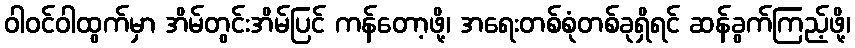
ဝါဝင်ဝါထွက်မှာ အိမ်တွင်းအိမ်ပြင် ကန်တော့ဖို့၊ အရေးတစ်စုံတစ်ခုရှိရင် ဆန်ခွက်ကြည့်ဖို့၊